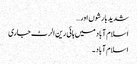
شدید بارشوں اور…
اسلام آباد میں ہائی رین الرٹ جاری
اسلام آباد۔